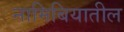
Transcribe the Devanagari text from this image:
नामिबियातील